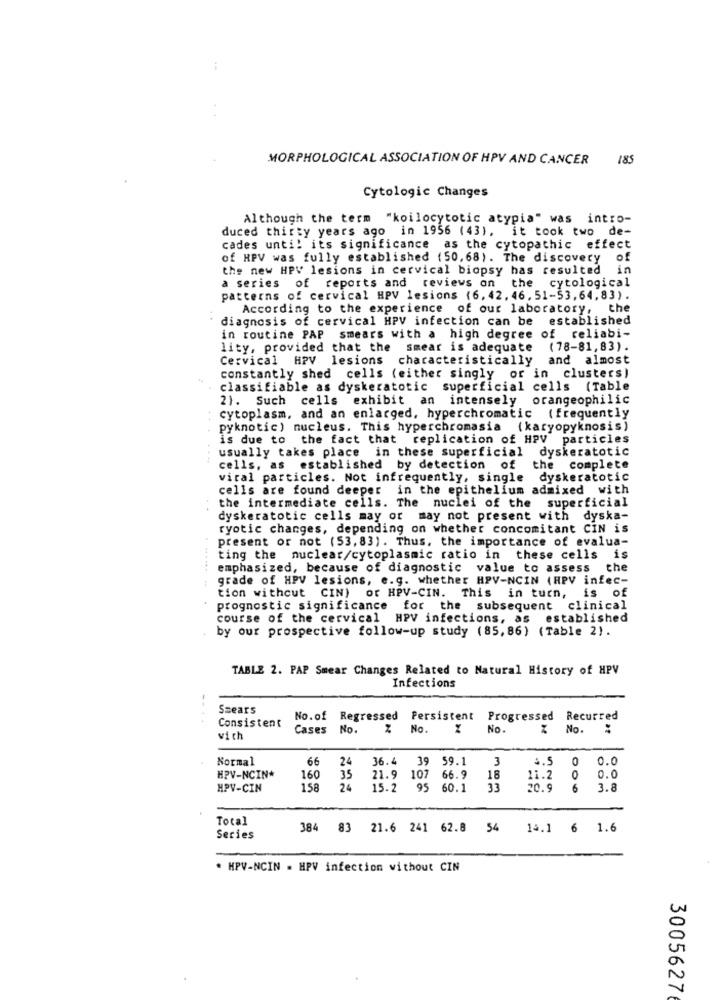
MORPHOLOGICAL ASSOCIATION OF HPV AND CANCER 185
Cytologic Changes
Although the term "koilocytotic atypia" was intro-
duced thirty years ago in 1956 (43), it took two de-
cades unti! its significance as the cytopathic effect
of HPV was fully established (50,68). The discovery of
the new HPV lesions in cervical biopsy has resulted in
a series of reports and reviews on the cytological
patterns of cervical HPV lesions (6, 42. 46, 51-53, 64, 83) .
According to the experience of our laboratory, the
diagnosis of cervical HPV infection can be established
in routine PAP smears with a high degree of reliabi-
lity, provided that the smear is adequate
(78-81, 83).
Cervical HPV lesions characteristically and almost
constantly shed cells (either singly or in clusters)
classifiable as dyskeratotic superficial cells (Table
2). Such cells exhibit an intensely orangeophilic
..
cytoplasm, and an enlarged, hyperchromatic ( frequently
pyknotic) nucleus. This hyperchromasia (karyopyknosis)
is due to the fact that replication of HPV particles
usually takes place in these superficial dyskeratotic
cells, as established by detection of
the complete
viral particles. Not infrequently, single dyskeratotic
cells are found deeper in the epithelium admixed with
the intermediate cells. The nuclei of the superficial
dyskeratotic cells may or may not present with dyska-
ryotic changes, depending on whether concomitant CIN is
present or not (53, 83). Thus, the importance of evalua-
ting the nuclear/cytoplasmic ratio in these cells is
emphasized, because of diagnostic value to assess the
grade of HPV lesions, e.g. whether HPV-NCIN (HPV infec-
tion withcut CIN) or HPV-CIN. This in turn, is of
prognostic significance for the subsequent clinical
course of the cervical HPV infections, as established
by our prospective follow-up study (85,86) (Table 2).
TABLE 2. PAP Smear Changes Related to Natural History of HPV
Infections
Szears
Consistent
No.of Regressed Persistent
Progressed Recurred
Cases No.
No.
No.
No. :
vich
Normal
66
36.4 39 59.1
3
4.5
0.0
24
0
HPV-NCIN*
160
35
21.9 107 66.9
18
11.2
0
0.0
HPV-CIN
158
24
15.2 95 60.1
33
20.9 6
3.8
Total
384 83 21.6 241 62.8 54 14.1 6 1.6
Series
* HPV-NCIN . HPV infection without CIN
3005627